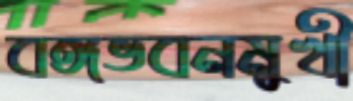
বঙ্গভবনমুখী